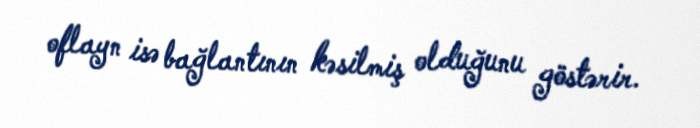
oflayn isə bağlantının kəsilmiş olduğunu göstərir.